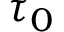
\tau _ { 0 }